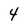
Character: 4